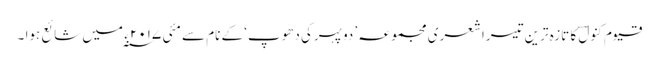
قیوم کنولؔ کا تازہ ترین تیسراشعری مجموعہ ’ دوپہرکی دھوپ‘ کے نام سے مئی ۲۰۱۷ ء ؁ میں شائع ہوا ۔